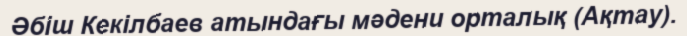
Әбіш Кекілбаев атындағы мәдени орталық (Ақтау).